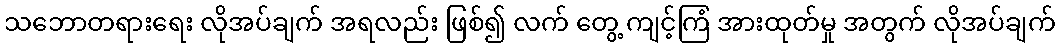
သဘောတရားရေး လိုအပ်ချက် အရလည်း ဖြစ်၍ လက် တွေ့ ကျင့်ကြံ အားထုတ်မှု အတွက် လိုအပ်ချက်